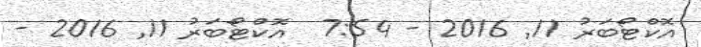
އޮކްޓޯބަރު 11